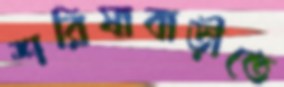
শরিষাবাড়ীতে